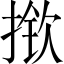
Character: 揿